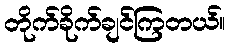
တိုက်ခိုက်ချင်ကြတယ်။